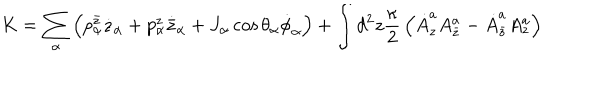
LaTeX: K = \sum _ { \alpha } \left( p _ { \alpha } ^ { \bar { z } } \dot { z } _ { \alpha } + p _ { \alpha } ^ { z } \dot { { \bar { z } } } _ { \alpha } + J _ { \alpha } \cos \theta _ { \alpha } \dot { \phi } _ { \alpha } \right) + \int d ^ { 2 } z { \frac { \kappa } { 2 } } \left( \dot { A } _ { z } ^ { a } A _ { \bar { z } } ^ { a } - \dot { A } _ { \bar { z } } ^ { a } A _ { z } ^ { a } \right)